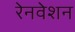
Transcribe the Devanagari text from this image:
रेनवेशन